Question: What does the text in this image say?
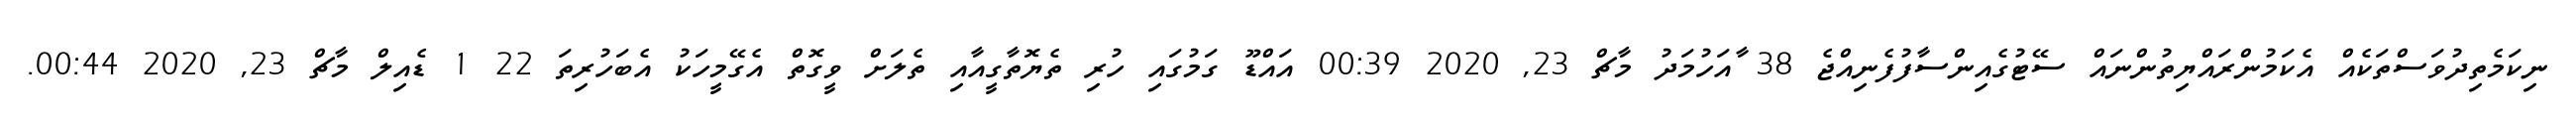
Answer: ނިކަމެތިދުވަސްތަކެއް އެކަމުންރައްޔިތުންނައް ސޭޓުގެއިންސާފުފެނިއްޖެ 38 ާއަހުމަދު މާޗް 23, 2020 00:39 އައްޑޫ ގަމުގައި ހުރި ތެޔޮތާގީއާއި ތެލަށް ވީގޮތް އެގޭމީހަކު އެބަހުރިތަ 22 1 ޑެއިލް މާޗް 23, 2020 00:44.